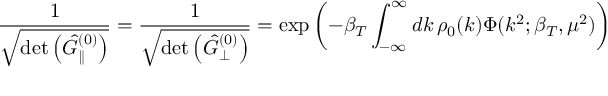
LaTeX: \frac { 1 } { \sqrt { \operatorname * { d e t } \left( \hat { { \cal G } } _ { \parallel } ^ { ( 0 ) } \right) } } = \frac { 1 } { \sqrt { \operatorname * { d e t } \left( \hat { { \cal G } } _ { \perp } ^ { ( 0 ) } \right) } } = \exp \left( - \beta _ { T } \int _ { - \infty } ^ { \infty } d k \, \rho _ { 0 } ( k ) \Phi ( k ^ { 2 } ; \beta _ { T } , \mu ^ { 2 } ) \right)